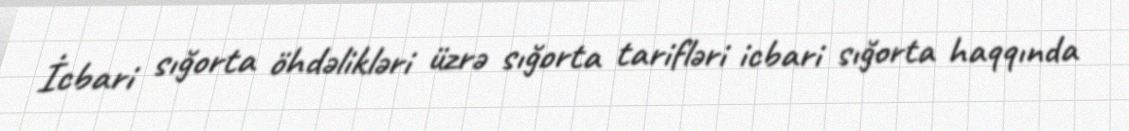
İcbari sığorta öhdəlikləri üzrə sığorta tarifləri icbari sığorta haqqında